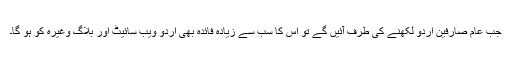
جب عام صارفین اردو لکھنے کی طرف آئیں گے تو اس کا سب سے زیادہ فائدہ بھی اردو ویب سائیٹ اور بلاگ وغیرہ کو ہو گا۔